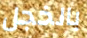
بالخجل